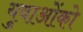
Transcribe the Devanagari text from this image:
युवाओंको